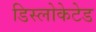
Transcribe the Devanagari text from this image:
डिस्लोकेटेड